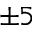
\pm 5